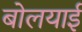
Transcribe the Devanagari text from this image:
बोलयाई